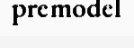
premodel